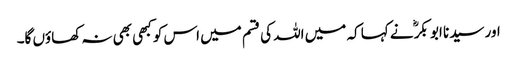
اور سیدنا ابو بکرؓ نے کہا کہ میں اللہ کی قسم میں اس کو کبھی بھی نہ کھاؤں گا۔